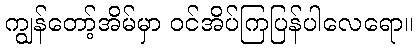
ကျွန်တော့်အိမ်မှာ ဝင်အိပ်ကြပြန်ပါလေရော။